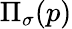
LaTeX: \Pi_{\sigma}(p)